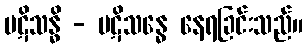
ပဋိသန္ဓိ - ပဋိသန္ဓေ နေရခြင်းသည်။